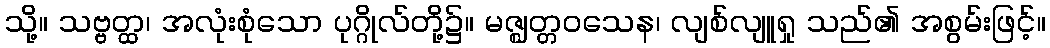
သို့။ သဗ္ဗတ္ထ၊ အလုံးစုံသော ပုဂ္ဂိုလ်တို့၌။ မဇ္ဈတ္တဝသေန၊ လျစ်လျူရှု သည်၏ အစွမ်းဖြင့်။